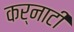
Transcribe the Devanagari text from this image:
कर्नाटी